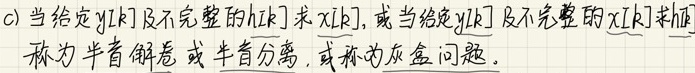
c) 当给定$y[k]$及不完整的$h[k]$求$x[k]$，或当给定$y[k]$及不完整的$x[k]$求$h[k]$
称为半盲解卷或半盲分离，或称为灰盒问题。